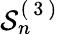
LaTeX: \mathcal{S}_{n}^{(\mathrm{~3~})}